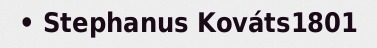
• Stephanus Kováts1801